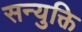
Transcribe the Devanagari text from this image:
सन्युक्ति